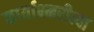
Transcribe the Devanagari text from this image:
कार्याक्ष्मरीत्या